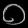
Digit: ၀